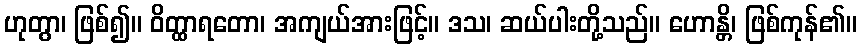
ဟုတွာ၊ ဖြစ်၍။ ဝိတ္ထာရတော၊ အကျယ်အားဖြင့်။ ဒသ၊ ဆယ်ပါးတို့သည်။ ဟောန္တိ၊ ဖြစ်ကုန်၏။